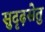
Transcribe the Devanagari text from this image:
सुदृढ़सेतु